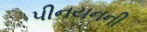
પીનયનની